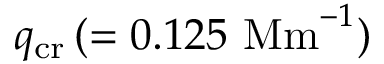
q _ { \mathrm { c r } } \, ( = 0 . 1 2 5 \ \mathrm { M m } ^ { - 1 } )